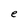
Character: e